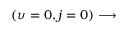
\left( \upsilon = 0 , j = 0 \right) \protect \longrightarrow